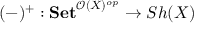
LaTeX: ( - ) ^ { + } : \mathbf { S e t } ^ { { \mathcal { O } } ( X ) ^ { o p } } \to S h ( X )